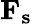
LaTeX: \mathbf{F_{s}}